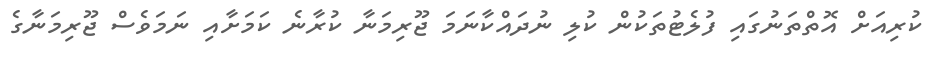
ކުރިއަށް އޮތްތަނުގައި ފުލެޓުތަކުން ކުލި ނުދައްކާނަމަ ޖޫރިމަނާ ކުރާނެ ކަމަށާއި ނަމަވެސް ޖޫރިމަނާގެ